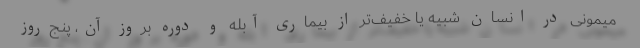
میمونی در انسان شبیه یا خفیف‌تر از بیماری آبله و دوره بروز آن، پنج‌روز